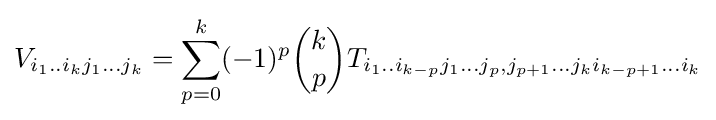
V_{i_{1}..i_{k}j_{1}...j_{k}}=\sum \limits _{p=0}^{k}(-1)^{p}{k \choose p}T_{i_{1}..i_{k-p}j_{1}...j_{p},j_{p+1}...j_{k}i_{k-p+1}...i_{k}}